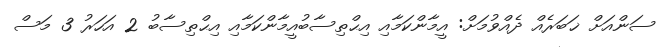
ސަންއަށް ޚަބަރެއް ދެއްވުމަށް: އީމާންކަމާއި އިޙްތިސާބުއީމާންކަމާއި އިޙްތިސާބު 2 އަހަރު 3 މަސް